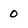
Character: 0